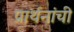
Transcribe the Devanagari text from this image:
प्रार्थनांची